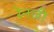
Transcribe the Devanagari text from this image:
रेनजी